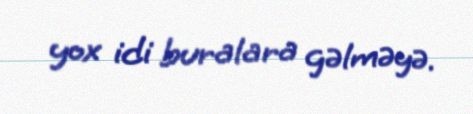
yox idi buralara gəlməyə.